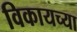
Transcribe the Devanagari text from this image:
विकायच्या